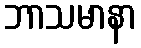
ဘာသမာနာ